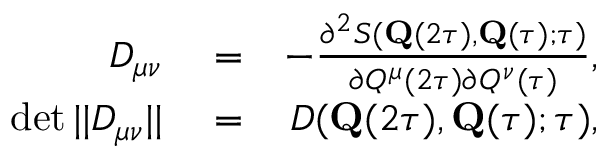
\begin{array} { r l r } { D _ { \mu \nu } } & { { } = } & { - \frac { \partial ^ { 2 } S ( \mathbf { Q } ( 2 \tau ) , \mathbf { Q } ( \tau ) ; \tau ) } { \partial { Q } ^ { \mu } ( 2 \tau ) \partial { Q } ^ { \nu } ( \tau ) } , } \\ { \operatorname* { d e t } | | D _ { \mu \nu } | | } & { { } = } & { D ( \mathbf { Q } ( 2 \tau ) , \mathbf { Q } ( \tau ) ; \tau ) , } \end{array}